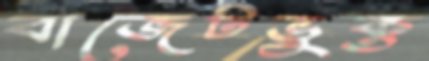
বাজেটভুক্ত